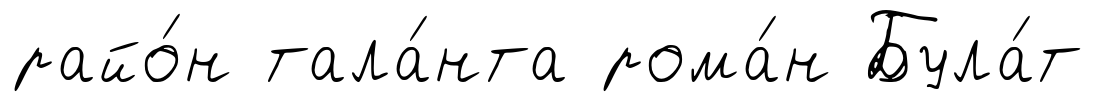
райо́н тала́нта рома́н Була́т